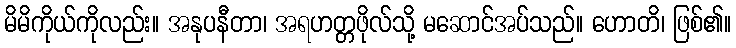
မိမိကိုယ်ကိုလည်း။ အနုပနီတာ၊ အရဟတ္တဖိုလ်သို့ မဆောင်အပ်သည်။ ဟောတိ၊ ဖြစ်၏။